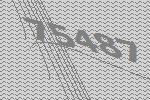
75487